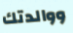
ووالدتك